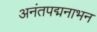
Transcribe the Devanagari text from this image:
अनंतपद्मनाभन